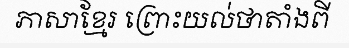
ភាសាខ្មែរ ព្រោះយល់ថាតាំងពី